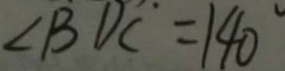
\angle B D C = 1 4 0 ^ { \circ }